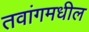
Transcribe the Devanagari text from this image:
तवांगमधील